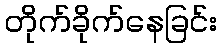
တိုက်ခိုက်နေခြင်း